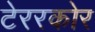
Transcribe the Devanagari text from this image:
टेररकोर